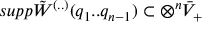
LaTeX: s u p p \tilde { W } ^ { ( . . ) } ( q _ { 1 } . . q _ { n - 1 } ) \subset \otimes ^ { n } \bar { V } _ { + }